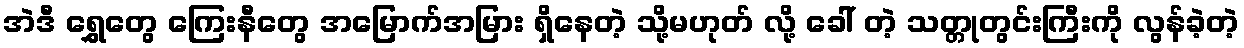
အဲဒီ ရွှေတွေ ကြေးနီတွေ အမြောက်အမြား ရှိနေတဲ့ သို့မဟုတ် လို့ ခေါ် တဲ့ သတ္တုတွင်းကြီးကို လွန်ခဲ့တဲ့